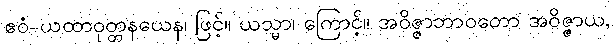
ဧဝံ-ယထာဝုတ္တနယေန၊ ဖြင့်။ ယသ္မာ၊ ကြောင့်။ အဝိဇ္ဇာဘာဝတော အဝိဇ္ဇာယ,